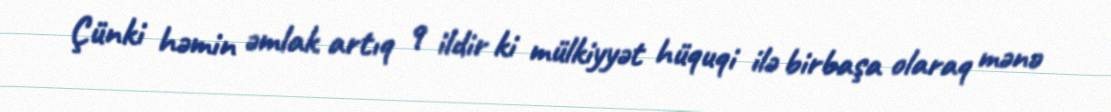
Çünki həmin əmlak artıq 9 ildir ki mülkiyyət hüquqi ilə birbaşa olaraq mənə